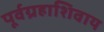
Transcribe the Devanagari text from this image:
पूर्वग्रहाशिवाय